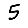
Digit: 5